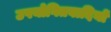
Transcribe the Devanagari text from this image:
उपयोगितवादियों